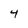
Character: 4